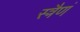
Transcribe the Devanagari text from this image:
स्त्रैणं